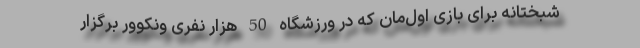
شبختانه برای بازی اول‌مان که در ورزشگاه 50 هزار نفری ونکوور برگزار